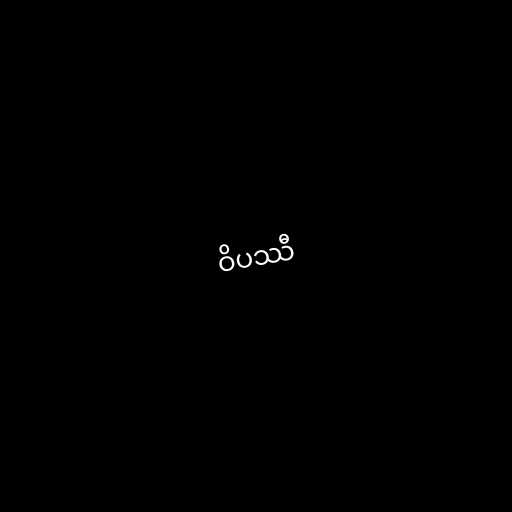
ဝိပဿီ